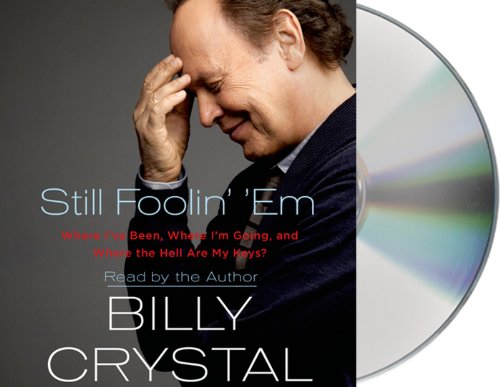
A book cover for Still Foolin' 'Em: Where I've Been, Where I'm Going, and Where the Hell Are My Keys?; Billy Crystal; Politics & Social Sciences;